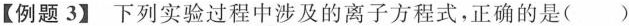
【例题3】下列实验过程中涉及的离子方程式，正确的是()